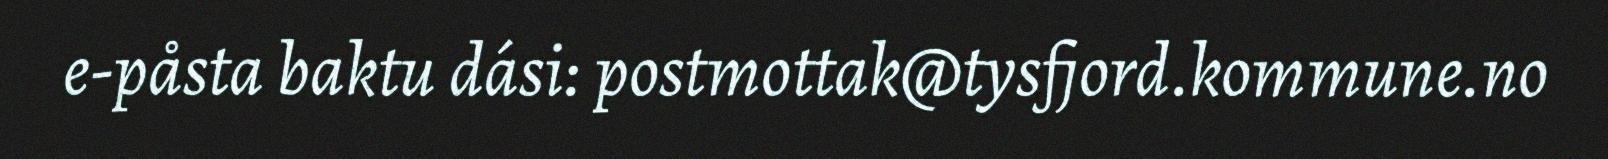
e-påsta baktu dási: postmottak@tysfjord.kommune.no